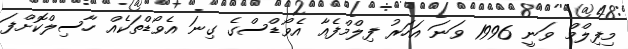
މިފިލްމް ވަނީ 1996 ވަނަ އަހަރު ފިލްމްފެއާ އެވޯޑްސްގެ ގިނަ އެވޯޑްތަކެއް ހާސިލްކޮށްފަ